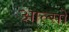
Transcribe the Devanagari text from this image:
आल्सो